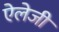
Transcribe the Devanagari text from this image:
ऐलेजी